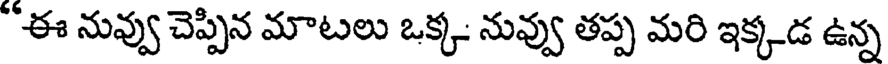
"ఈ నువ్వు చెప్పిన మాటలు ఒక్క నువ్వు తప్ప మరి ఇక్కడ ఉన్న